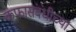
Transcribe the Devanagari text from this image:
कफासंबंधीच्या